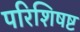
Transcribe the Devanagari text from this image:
परिशिषष्ट